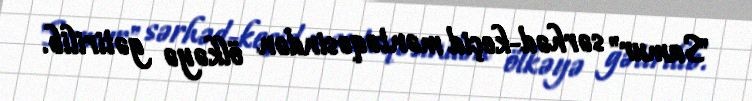
"Samur" sərhəd-keçid məntəqəsindən ölkəyə gətirilib.